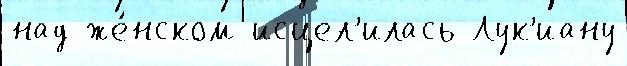
над же́нском исцел'илась Лук'иану